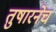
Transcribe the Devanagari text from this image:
तुषारनेच